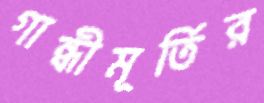
গান্ধীমূর্তির